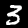
Digit: 3